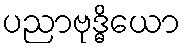
ပညာဗုဒ္ဓိယော